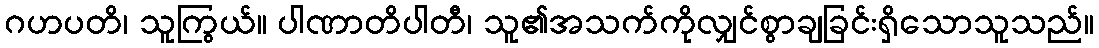
ဂဟပတိ၊ သူကြွယ်။ ပါဏာတိပါတီ၊ သူ၏အသက်ကိုလျှင်စွာချခြင်းရှိသောသူသည်။